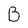
Character: B